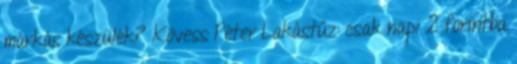
márkás készülék? Kövess Péter Lakástűz: csak napi 2 forintba